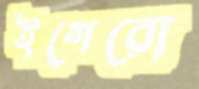
ইগেরো